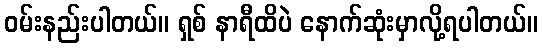
ဝမ်းနည်းပါတယ်။ ရှစ် နာရီထိပဲ နောက်ဆုံးမှာလို့ရပါတယ်။